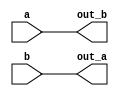
module swapping(input  [4:0]a,input  [4:0]b,output reg [4:0]out_a,output reg [4:0]out_b);
  
  always @(*) begin
    
    out_a=b;
    out_b=a;
    $display("a=%d b=%d",out_a,out_b);
  end
endmodule